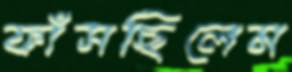
ফাঁসছিলেম